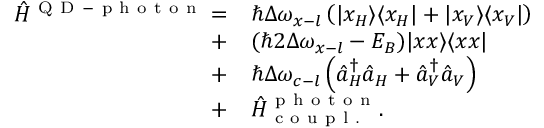
\begin{array} { r l } { \hat { H } ^ { \mathrm { ~ Q ~ D ~ - ~ p ~ h ~ o ~ t ~ o ~ n ~ } } = } & { { } \hbar \Delta \omega _ { x - l } \left( \vert x _ { H } \rangle \langle x _ { H } \vert + \vert x _ { V } \rangle \langle x _ { V } \vert \right) } \\ { + } & { { } ( \hbar 2 \Delta \omega _ { x - l } - E _ { B } ) \vert x x \rangle \langle x x \vert } \\ { + } & { { } \hbar \Delta \omega _ { c - l } \left( \hat { a } _ { H } ^ { \dagger } \hat { a } _ { H } + \hat { a } _ { V } ^ { \dagger } \hat { a } _ { V } \right) } \\ { + } & { { } \hat { H } _ { \mathrm { ~ c ~ o ~ u ~ p ~ l ~ . ~ } } ^ { \mathrm { ~ p ~ h ~ o ~ t ~ o ~ n ~ } } . } \end{array}